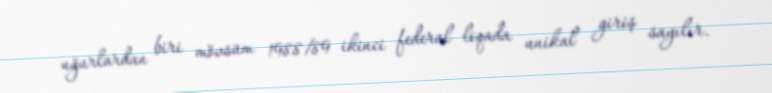
uğurlardan biri mövsüm 1988/89 ikinci federal liqada unikal giriş sayılır.